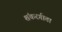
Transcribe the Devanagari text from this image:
शंकरगीता